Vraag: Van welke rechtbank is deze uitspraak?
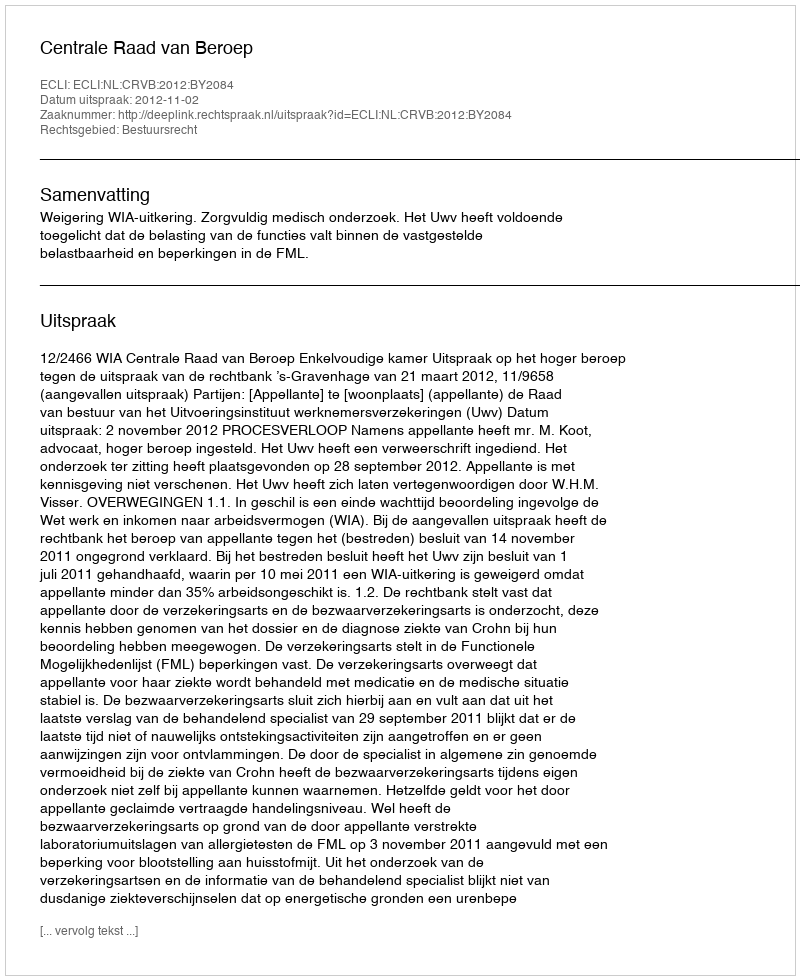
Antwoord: Centrale Raad van Beroep